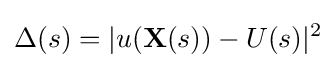
\Delta (s)=|u(\mathbf {X} (s))-U(s)|^{2}